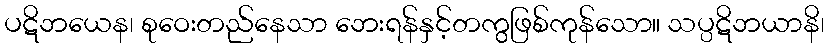
ပဋိဘယေန၊ စုဝေးတည်နေသာ ဘေးရန်နှင့်တကွဖြစ်ကုန်သော။ သပ္ပဋိဘယာနိ၊